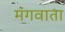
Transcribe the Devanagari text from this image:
मंगवाता